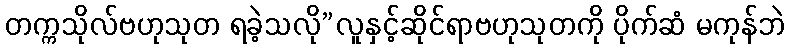
တက္ကသိုလ်ဗဟုသုတ ရခဲ့သလို”လူနှင့်ဆိုင်ရာဗဟုသုတကို ပိုက်ဆံ မကုန်ဘဲ